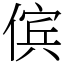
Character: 傧